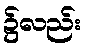
၌လည်း